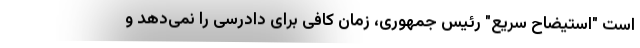
است "استیضاح سریع" رئیس جمهوری، زمان کافی برای دادرسی را نمی‌دهد و